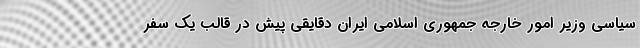
سیاسی وزیر امور خارجه جمهوری اسلامی ایران دقایقی پیش در قالب یک سفر